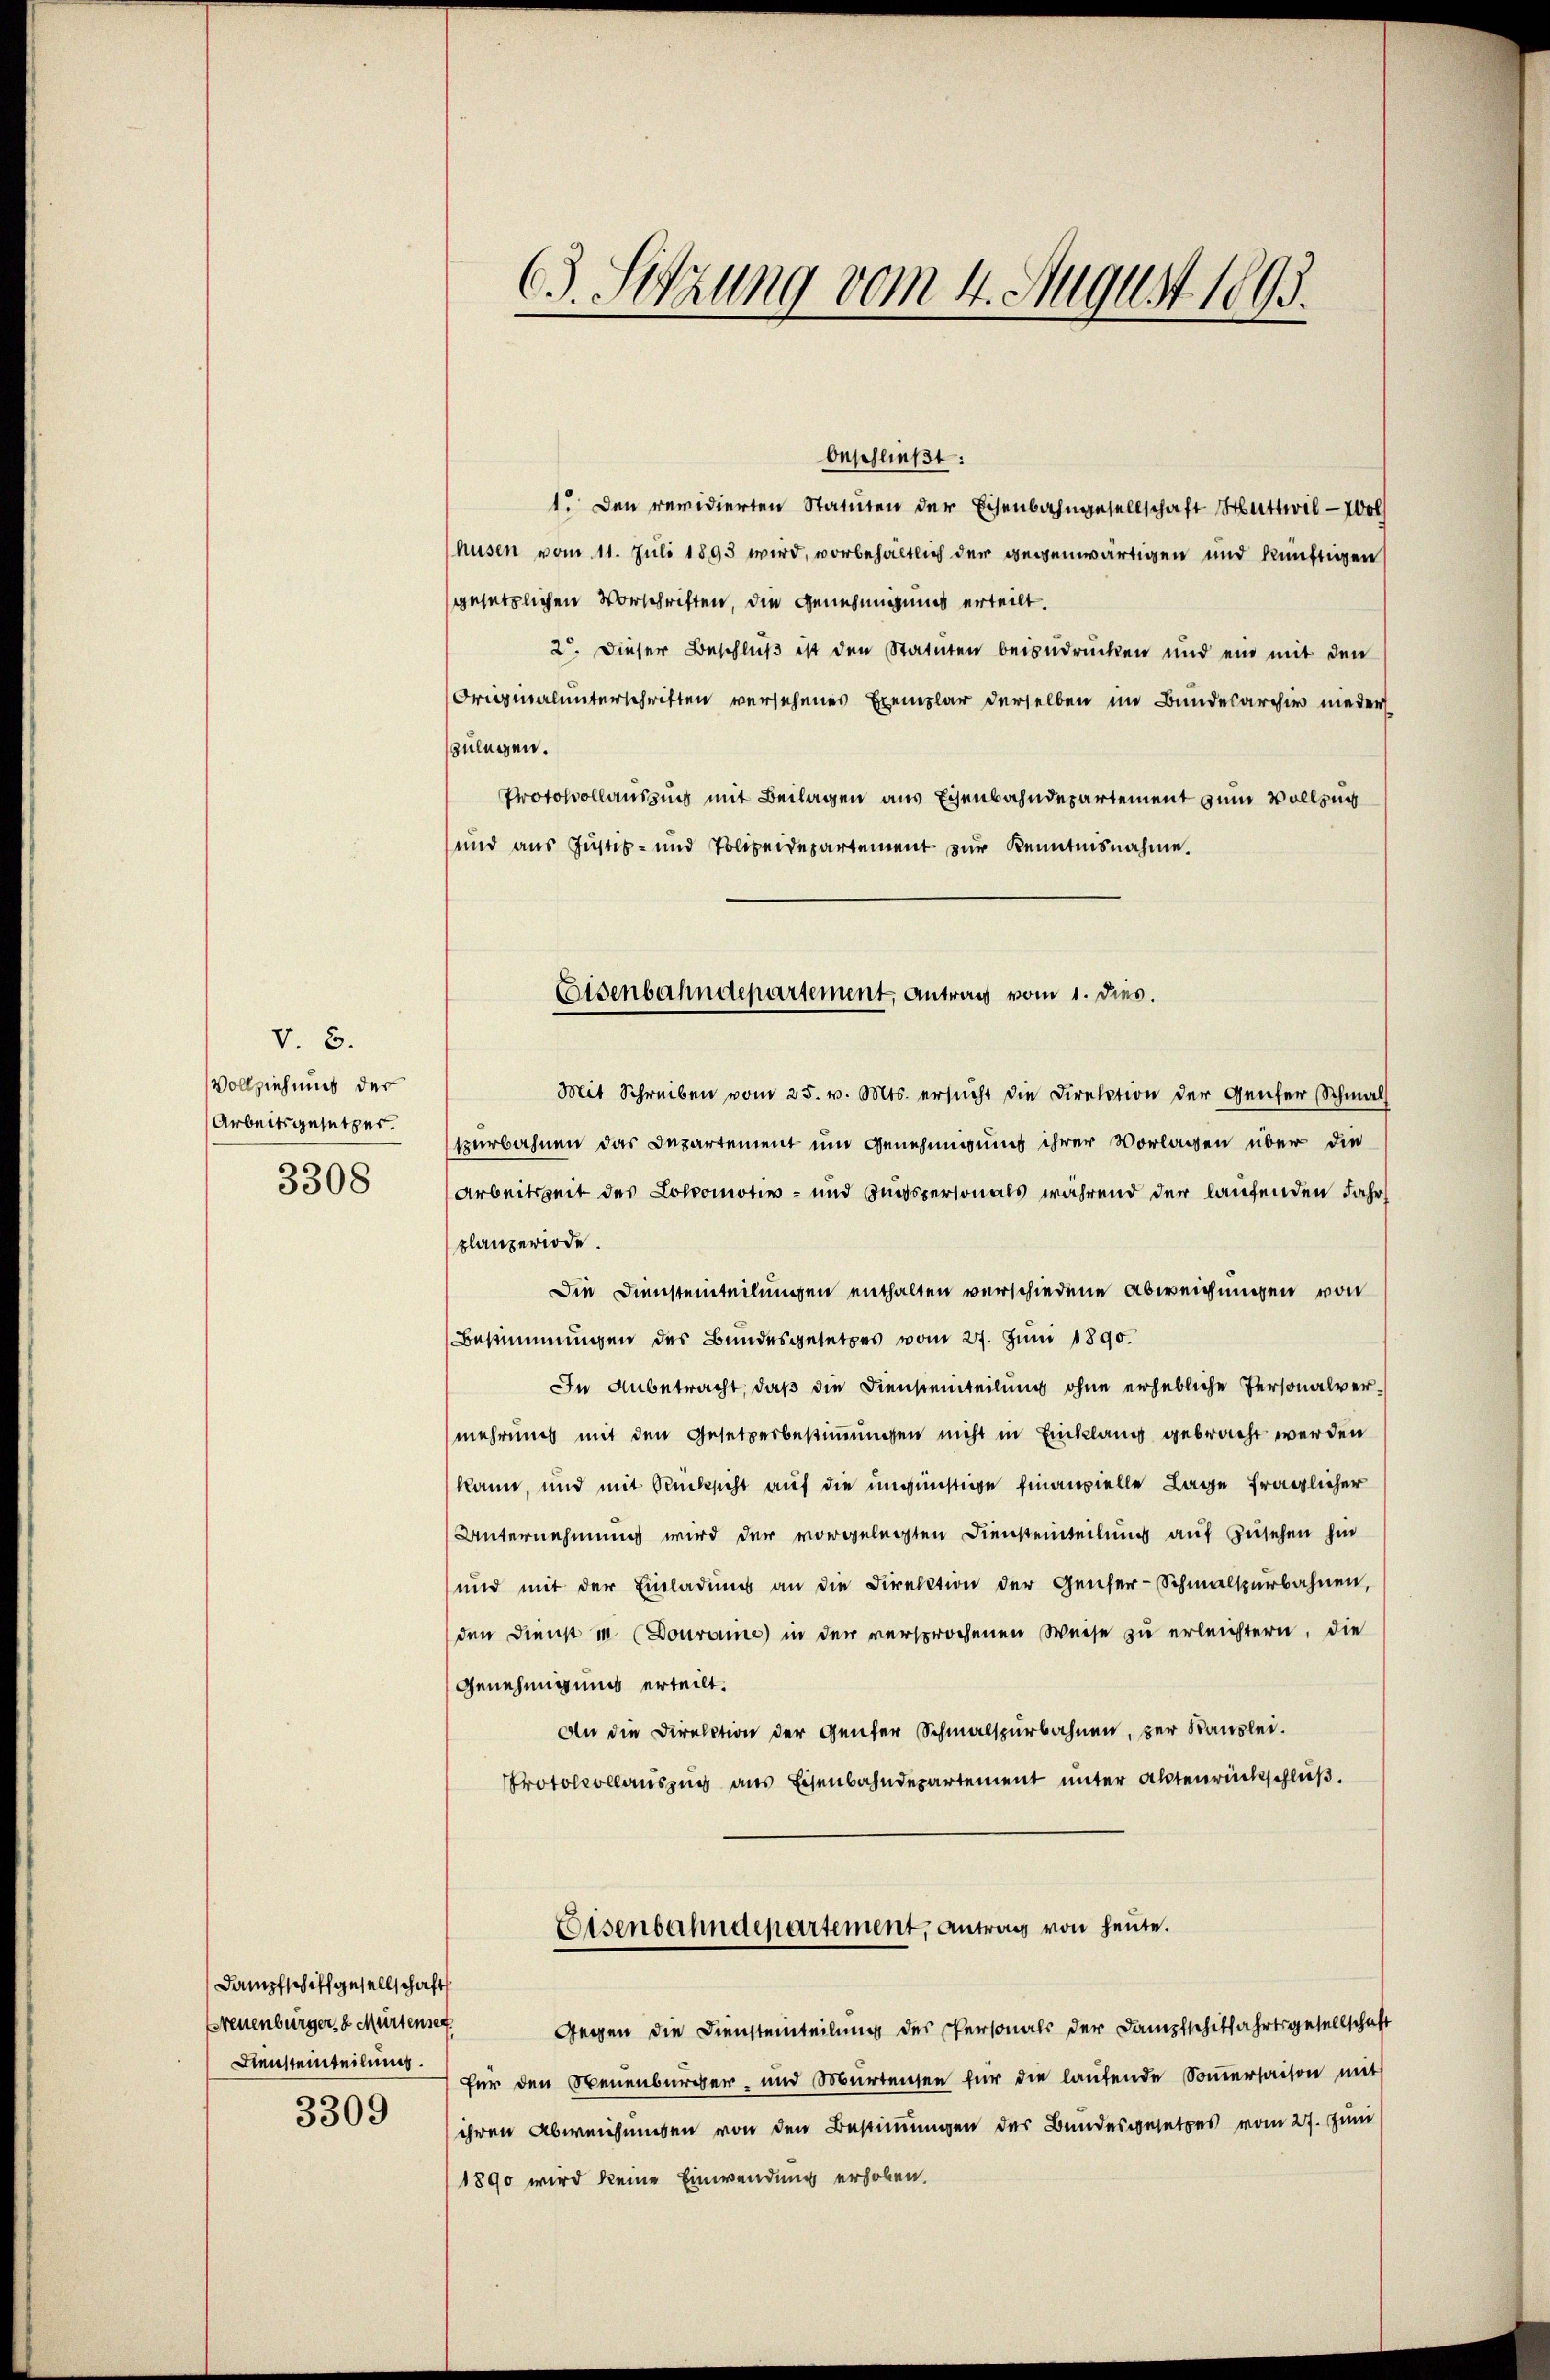
V. 3.
Vollziehung der
Arbeitsgesetzer.
3308

Dampfschiff gesellschaft
Breuenburger, Murtenset
Diensteinteilung.

3309

C. Sitzung vom 4. August 1893.

1. Den revidierten Statuten der Eisenbahngesellschaft Huttwil - 2000
husen vom 11. Juli 1895 wird, vorbehältlich der gegenwärtigen und künftigen
gesetzlichen Vorschriften, die Genehmigung erteilt.
2. Dieser Beschluß ist den Statuten beizudrücken und ein mit den
Originalunterschriften versehenes Exemplar derselben im Bundesarchiv nieder
szulegen.
Protokollauszung mit Beilagen aus Eisenbahndepartement zum Vollzug
und aus Justiz- und Polizeidepartement zur Kenntnisnahme.
Mit Schreiben vom 25. v. Mts. ersucht die Direktion der Genfer Schmalz
surbahnen das Departement um Genehmigung ihrer Vorlagen über die
Arbeitszeit des Lokomotiv- und Augspersonals während der laufenden Jahr
planzeriode.
Die Diensteinteilungen enthalten verschiedene Abweichungen von
Bestimmungen des Bundesgesetzes vom 27. Juni 1890.
In Anbetracht, daß die Diensteinteilung ohne erhebliche Personalvermehrung mit den Gesetzesbestimmungen nicht in Einklang gebracht werden
kann, und mit Rücksicht auf die ungünstige finanzielle Lage fraglicher
Unternehmung wird der vorgelegten Diensteinteilung auf Zusehen hin
und mit der Einladung an die Direktion der Genfer-Schmalspurbahnen,
den Dienst in (Douvaine in der versprochenen Weise zu erleichtern, die
Genehmigung erteilt.
An die Direktion der Genfer Schmalspurbahnen, zur Kanzlei.
Protocollauszug aus Eisenbahndepartement unter Aktenrückschluß.
Eisenbahndepartement, Antrag von heute.
Gegen die Diensteinteilung des Personals der Dampfschiffahrtsgesellschaft
für den Neuenburger- und Murtensen für die laŭfende Soṁersaison mit
ihren Abweichungen von den Bestimmungen des Bundesgesetzes vom 27. Juni
1890 wird keine Einwendung erhoben.

beschließt:

Eisenbahndepartement, Antrag vom 1. dies.